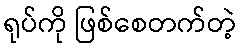
ရုပ်ကို ဖြစ်စေတက်တဲ့